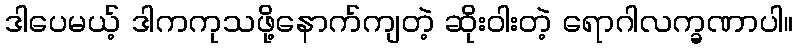
ဒါပေမယ့် ဒါကကုသဖို့နောက်ကျတဲ့ ဆိုးဝါးတဲ့ ရောဂါလက္ခဏာပါ။